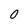
Character: 0